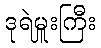
ဒုရဲမှူးကြီး